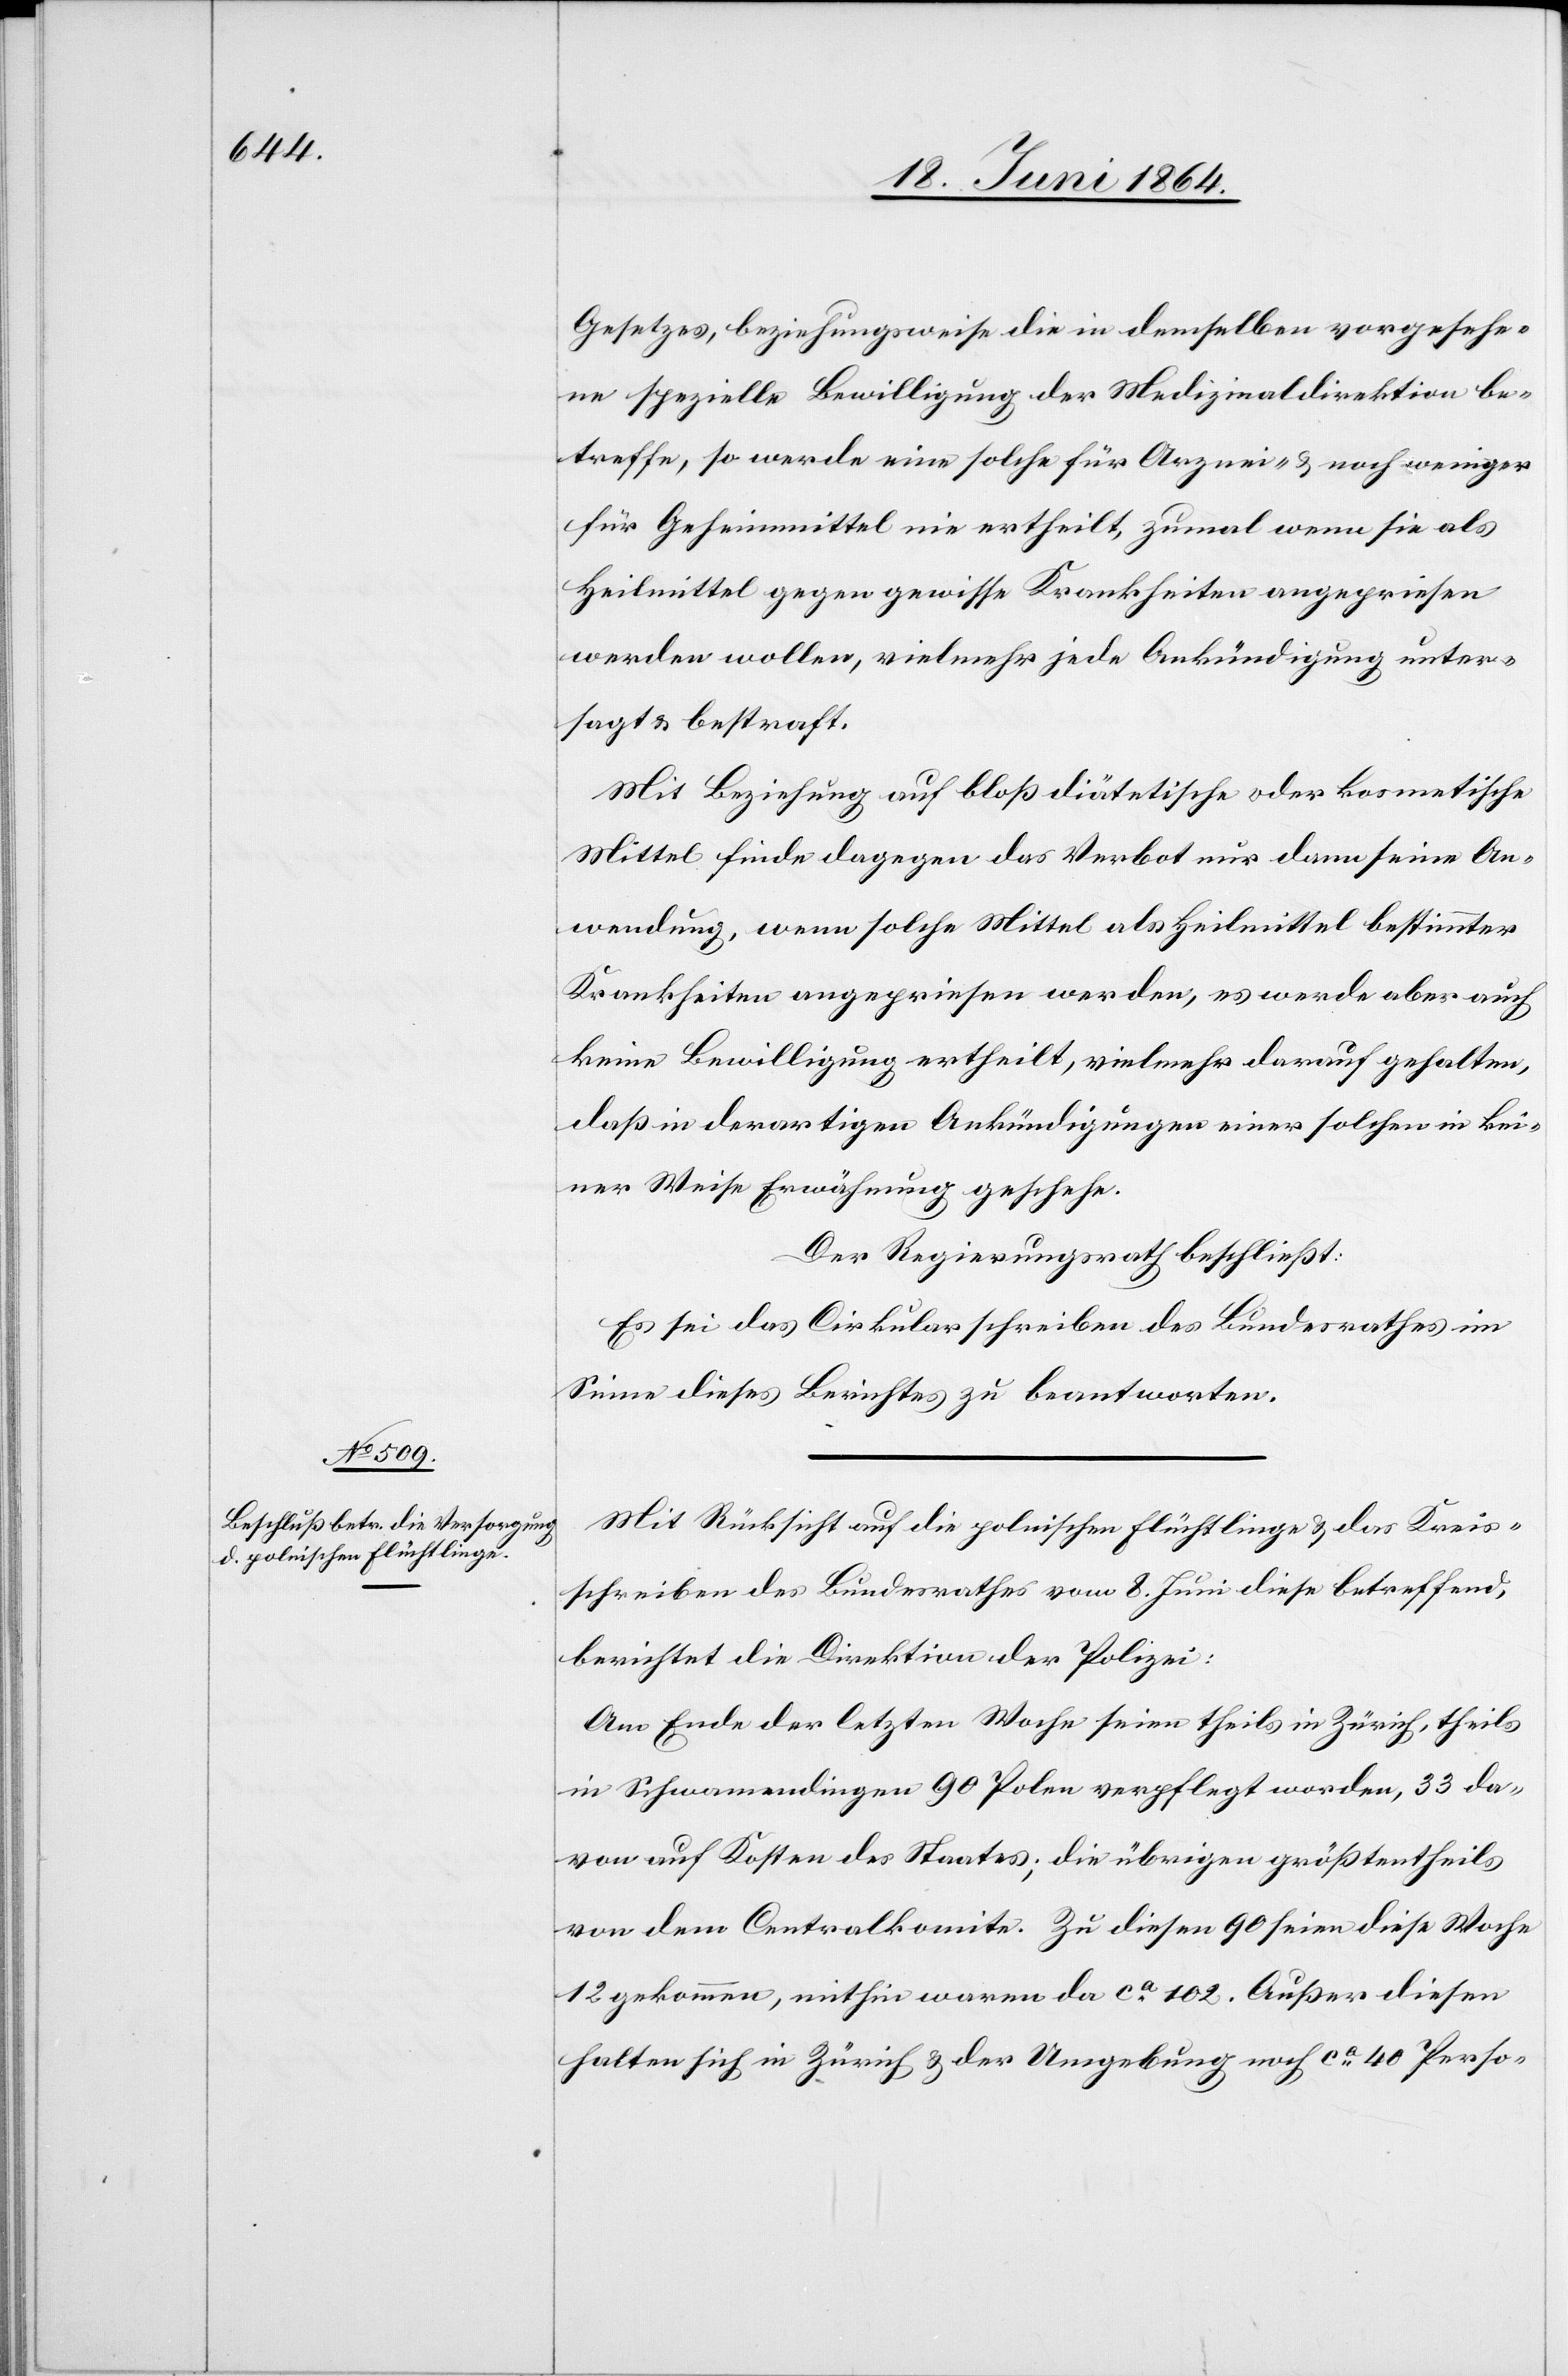
Gesetzes, beziehungsweise die in demselben vorgesehe¬
ne spezielle Bewilligung der Medizinaldirektion be¬
treffe, so werde eine solche für Arznei- u. noch weniger
für Geheimmittel nie ertheilt, zumal wenn sie als
Heilmittel gegen gewisse Krankheiten angepriesen
werden wollen, vielmehr jede Ankündigung unter¬
sagt u. bestraft.
Mit Beziehung auf bloß dätetische oder kosmetische
Mittel finde dagegen das Verbot nur dann seine An¬
wendung, wenn solche Mittel als Heilmittel bestimmter
Krankheiten angepriesen werden, es werde aber auch
keine Bewilligung ertheilt, vielmehr darauf gehalten,
daß in derartigen Ankündigungen einer solchen in kei¬
ner Weise Erwähnung geschehe.
Der Regierungsrath beschließt:
Es sei das Cirkularschreiben des Bundesrathes im
Sinne dieses Berichtes zu beantworten.
Mit Rücksicht auf die polnischen Flüchtlinge u. das Kreis¬
schreiben des Bundesrathes vom 8. Juni diese betreffend,
berichtet die Direktion der Polizei:
Am Ende der letzten Woche seien theils in Zürich, theils
in Schwamendingen 90 Polen verpflegt worden, 33 da¬
von auf Kosten des Staates; die übrigen größtentheils
von dem Centralkomite. Zu diesen 90 seien diese Woche
12 gekommen, mithin waren da ca 102. Außer diesen
halten sich in Zürich u. der Umgebung noch ca 40 Perso-